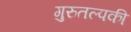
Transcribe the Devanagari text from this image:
गुरुतल्पकी